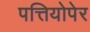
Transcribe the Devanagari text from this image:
पत्तियोपेर